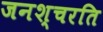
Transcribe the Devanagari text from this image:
जनश्चरति